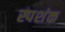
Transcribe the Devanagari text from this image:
स्पशंक